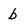
Character: b